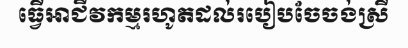
ធ្វើអាជីវកម្មរហូតដល់របៀបចែចង់ស្រី